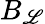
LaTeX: B_{\mathscr{L}}